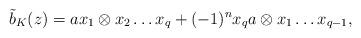
LaTeX: \begin{align*} \tilde{b}_K(z) = ax_1\otimes x_2 \ldots x_q +(-1)^n x_q a \otimes x_1 \ldots x_{q-1},\end{align*}